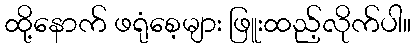
ထို့နောက် ဖရုံစေ့များ ဖြူးထည့်လိုက်ပါ။